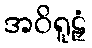
အဝိရူဠှံ